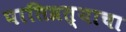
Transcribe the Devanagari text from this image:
पातिव्रत्याचा